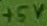
Text: +5V